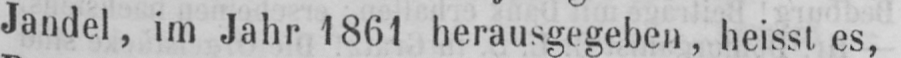
Jandel, im Jahr 1861 herausgegeben, heisst es